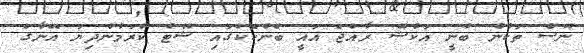
ނޫސް ތަކުން ބުނީ އަކްޝޭ ރާއްޖެ އައީ ބެންކޮކްގައި ޝޫޓް ކުރަމުންދިޔަ އޭނާގެ